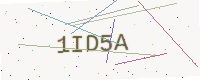
Text: 1ID5A